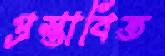
প্রস্তাবিত